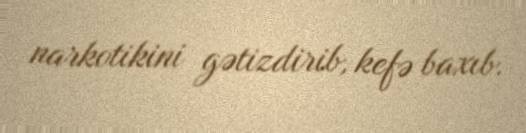
narkotikini gətizdirib, kefə baxıb.